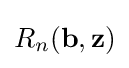
R_{n}(\mathbf {b} ,\mathbf {z} )